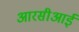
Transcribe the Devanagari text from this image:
आरसीआई